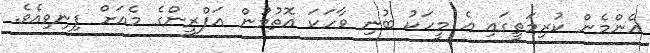
އެންމެން ކުރިމަތީގައި އެ މީހަކު ބުނި ވާހަކަ އޮތުމުން އަފްރީންގެ މެއަށް ފިނިވިއެވެ.